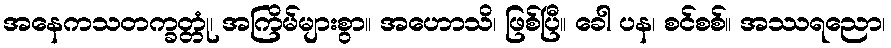
အနေကသတက္ခတ္တုံ၊ အကြိမ်များစွာ။ အဟောသိ၊ ဖြစ်ပြီ။ ခေါ ပန၊ စင်စစ်။ အဿရညော၊